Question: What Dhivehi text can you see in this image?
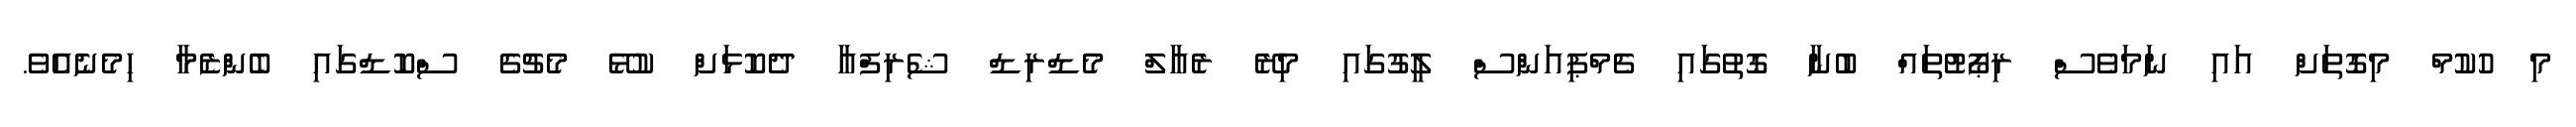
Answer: މި ހުކުމް މިގޮތަށް އައި ނަމަވެސް ރިޕޯޓުތައް ބުނާ ގޮތުގައި ޗެމްޕިއަންސް ލީގުގައި މިރޭ ރެއާލް މެޑްރިޑް ޝެރިފްއާ ދެކޮޅަށް ކުޅޭ މެޗުގެ ސްކޮޑްގައި ބެންޒެމާ ހިމެނެއެވެ.